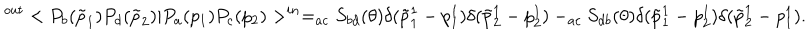
^ { o u t } < P _ { b } ( \tilde { p } _ { 1 } ) P _ { d } ( \tilde { p } _ { 2 } ) | P _ { a } ( p _ { 1 } ) P _ { c } ( p _ { 2 } ) > ^ { i n } = _ { a c } S _ { b d } ( \theta ) \delta ( \tilde { p } _ { 1 } ^ { 1 } - p _ { 1 } ^ { 1 } ) \delta ( \tilde { p } _ { 2 } ^ { 1 } - p _ { 2 } ^ { 1 } ) - _ { a c } S _ { d b } ( \theta ) \delta ( \tilde { p } _ { 1 } ^ { 1 } - p _ { 2 } ^ { 1 } ) \delta ( \tilde { p } _ { 2 } ^ { 1 } - p _ { 1 } ^ { 1 } ) .